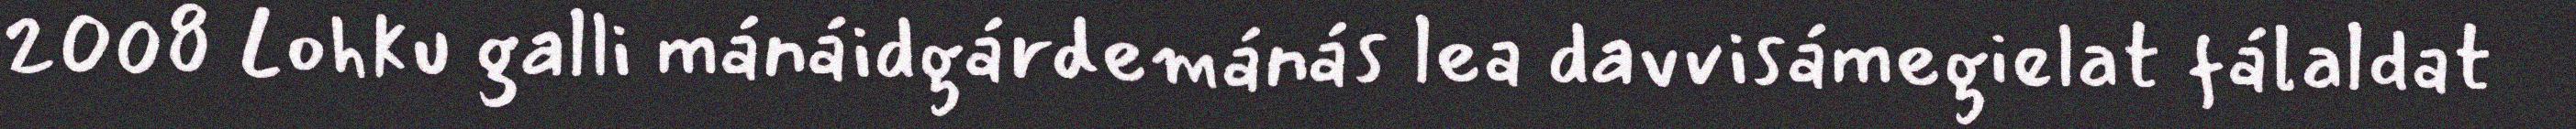
2008 Lohku galli mánáidgárdemánás lea davvisámegielat fálaldat